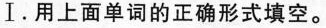
Ⅰ.用上面单词的正确形式填空.